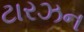
ટારઝન